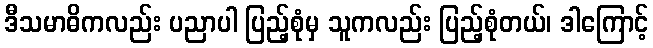
ဒီသမာဓိကလည်း ပညာပါ ပြည့်စုံမှ သူကလည်း ပြည့်စုံတယ်၊ ဒါကြောင့်